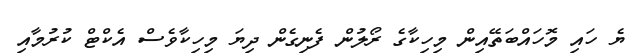
ޔެ ހައި މޮހައްބަތޭއިން މިހިކާގެ ރޯލުން ފެނިގެން ދިޔަ މިހިކާވެސް އެކްޓް ކުރުމާއި